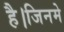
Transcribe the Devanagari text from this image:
है।जिनमे